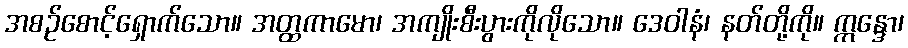
အစဉ်စောင့်ရှောက်သော။ အတ္ထကာမော၊ အကျိုးစီးပွားကိုလိုသော။ ဒေဝါနံ၊ နတ်တို့ကို။ ဣန္ဒော၊